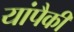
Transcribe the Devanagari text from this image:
यांपैकीं